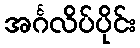
အင်္ဂလိပ်ပိုင်း